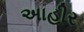
અાહીર